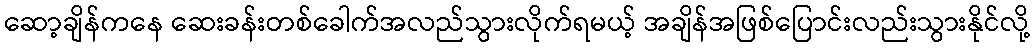
ဆော့ချိန်ကနေ ဆေးခန်းတစ်ခေါက်အလည်သွားလိုက်ရမယ့် အချိန်အဖြစ်ပြောင်းလည်းသွားနိုင်လို့